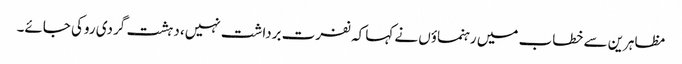
مظاہرین سے خطاب میں رہنماؤں نے کہا کہ نفرت برداشت نہیں، دہشت گردی روکی جائے۔